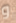
و